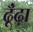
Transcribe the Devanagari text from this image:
ढूँंढ़ा